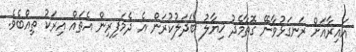
އައިރާއަށް ރަނގަޅުވާނޭ ގޮތާމެދު ޚިޔާލު ބަދަލުކުރަން އެ ދެމަފިރިން އެތައް އިރަކު ތިއްބެވެ.